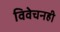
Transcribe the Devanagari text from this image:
विवेचनही